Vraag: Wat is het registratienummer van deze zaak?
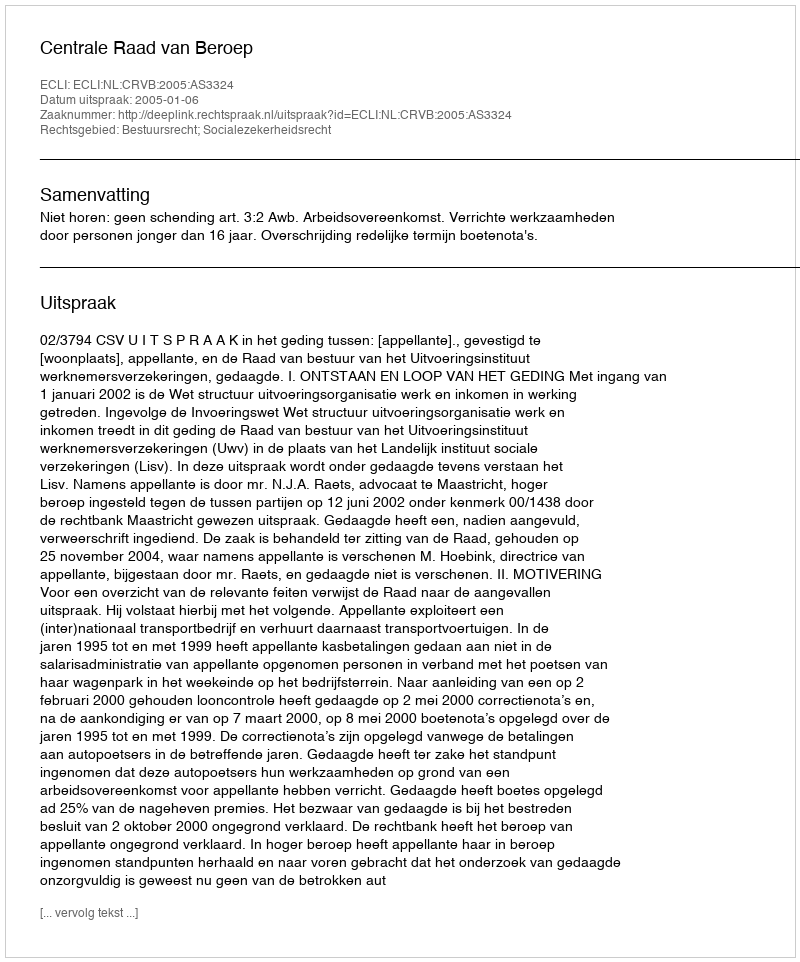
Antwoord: http://deeplink.rechtspraak.nl/uitspraak?id=ECLI:NL:CRVB:2005:AS3324